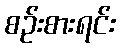
စဉ်းစားရင်း